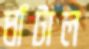
ঘাঁটাল